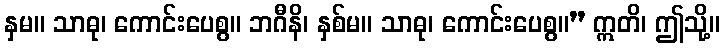
နှမ။ သာဓု၊ ကောင်းပေစွ။ ဘဂီနိ၊ နှစ်မ။ သာဓု၊ ကောင်းပေစွ။” ဣတိ၊ ဤသို့။